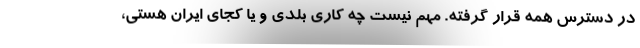
در دسترس همه قرار گرفته. مهم نیست چه کاری بلدی و یا کجای ایران هستی،